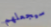
سيجعلهم